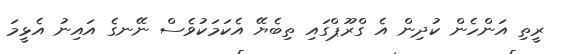
ރީތި އަންހެން ކުދިން އެ ގްރޫޕްގައި ތިބެޔޭ އެކަމަކުވެސް ނޭނގެ އައިނު އެޅީމަ